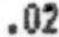
.02